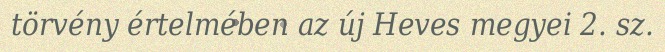
törvény értelmében az új Heves megyei 2. sz.